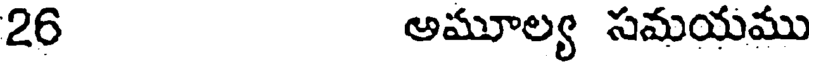
26 అమూల్య సమయము